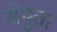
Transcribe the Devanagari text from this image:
सेयुता